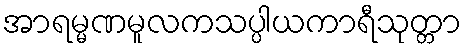
အာရမ္မဏမူလကသပ္ပါယကာရီသုတ္တာ